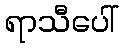
ရာသီပေါ်